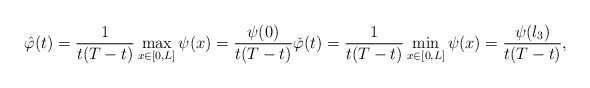
\begin{align*}\hat{\varphi} (t) = \frac{1}{t( T-t) } \max_{x\in [0,L]} \psi( x) =\frac{\psi( 0) }{t( T-t) }\check{\varphi} (t)= \frac{1}{t( T-t) } \min_{x\in [0,L]} \psi (x) =\frac{\psi( l_{3}) }{t( T-t) },\end{align*}